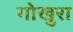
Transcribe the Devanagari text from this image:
गोखुरा